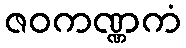
ဇဝကဏ္ဏကံ